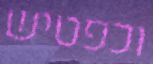
וכפטיש